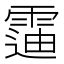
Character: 䨤